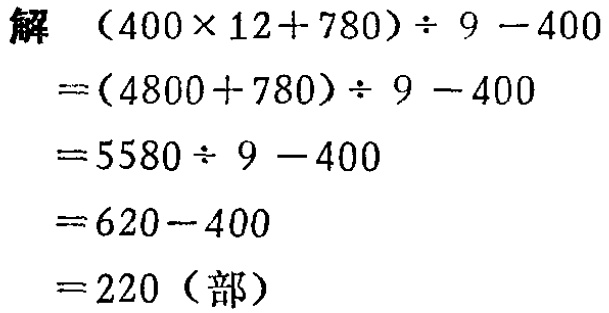
解
\[
\begin{align*}
&(400\times 12 + 780)\div 9 - 400\\
=&(4800 + 780)\div 9 - 400\\
=&5580\div 9 - 400\\
=&620 - 400\\
=&220（部）
\end{align*}
\]